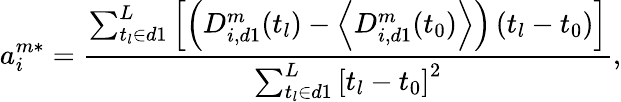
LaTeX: a_{i}^{m*}=\frac{\sum_{t_{l}\in d1}^{L}\left[\left(D_{i,d1}^{m}(t_{l})-\left<D_{i,d1}^{m}(t_{0})\right>\right)\left(t_{l}-t_{0}\right)\right]}{\sum_{t_{l}\in d1}^{L}\left[t_{l}-t_{0}\right]^{2}},